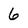
Character: 6